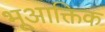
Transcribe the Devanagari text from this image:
भूआक्तिक